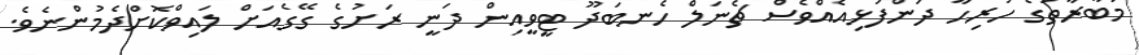
މުބާރާތުގެ ހުރިހާ ދަންފަޅިއެއްވެސް ޗެނަލް ހެނބަދޫ ޓީވީއިން ދަނީ ރަށުގެ ގޭގެއަށް ލައިވްކޮށްދެމުންނެވެ.